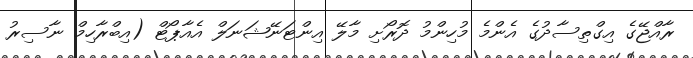
ރާއްޖޭގެ އިގްތިސާދުގެ އެންމެ މުހިންމު ދޮރޯށި މާލޭ އިންޓަނޭޝަނަލް އެއާޕޯޓް (އިބްރާހިމް ނާސިރު